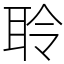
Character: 聆